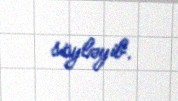
söyləyib.